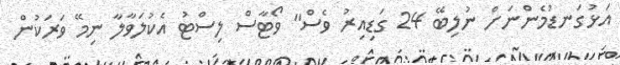
އަޅުގަނޑުމެންނަށް ނުލިބޭ 24 ގަޑިއިރު ވެސް" ވޯޓާސް ލިސްޓު އެކުލަވާލާ ނިމޭ ވަރަކުން